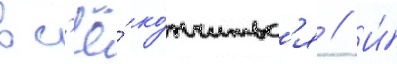
вс'ё́ ко́нчитьс'я // И́